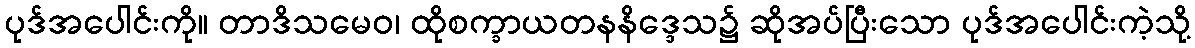
ပုဒ်အပေါင်းကို။ တာဒိသမေဝ၊ ထိုစက္ခာယတနနိဒ္ဒေသ၌ ဆိုအပ်ပြီးသော ပုဒ်အပေါင်းကဲ့သို့